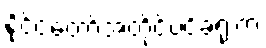
နိုင်ငံတော်အတိုင်ပင်ခံရုံးက